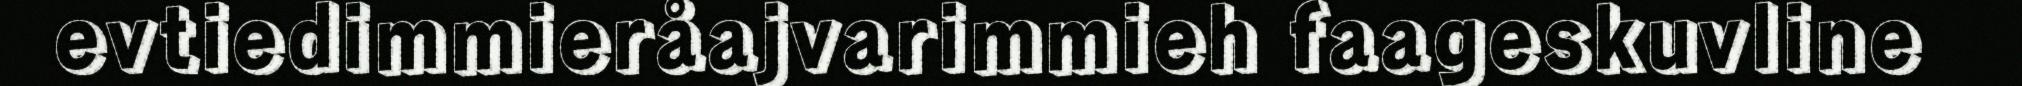
evtiedimmieråajvarimmieh faageskuvline